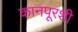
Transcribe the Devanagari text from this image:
कानपूरशी